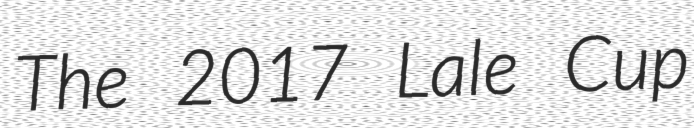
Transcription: The 2017 Lale Cup